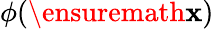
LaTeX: \phi(\ensuremath{\mathbf{x}})